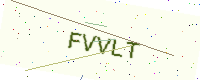
Text: FVVLT